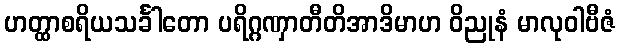
ဟတ္ထာစရိယသင်္ခါတော ပရိဂ္ဂဏှာတီတိအာဒိမာဟ ဝိညုနံ မာလုဝါဗီဇံ